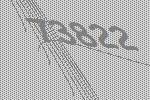
73822